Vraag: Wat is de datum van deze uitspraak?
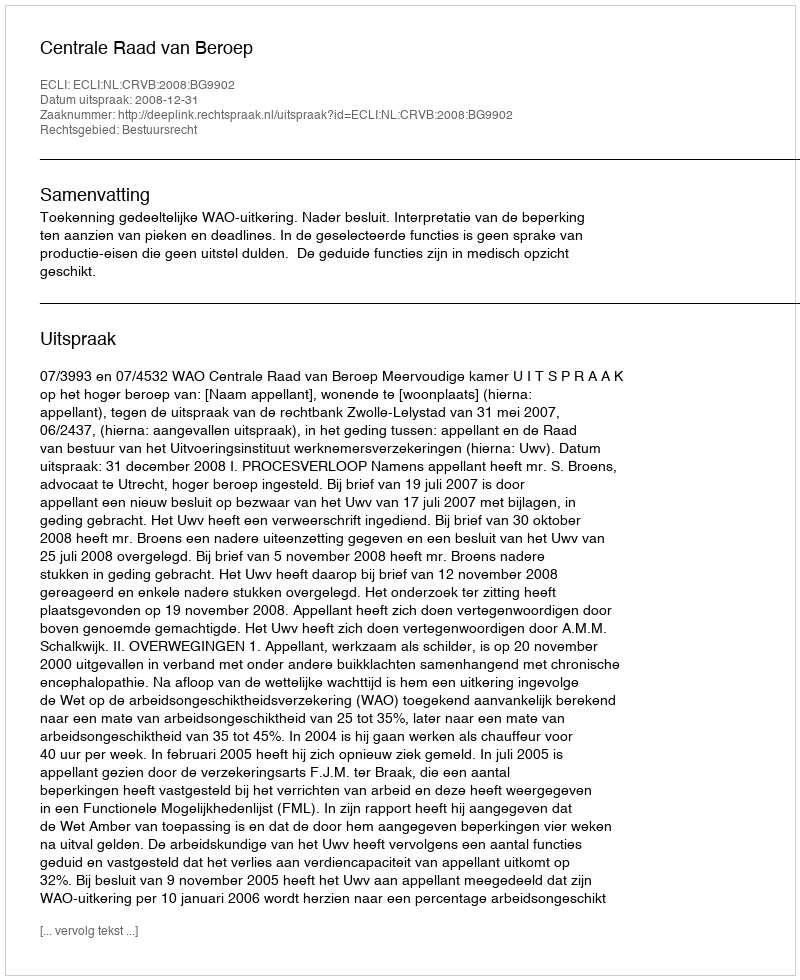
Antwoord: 2008-12-31